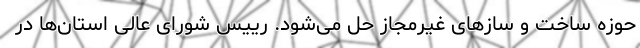
حوزه ساخت و سازهای غیرمجاز حل می‌شود. رییس شورای عالی استان‌ها در